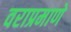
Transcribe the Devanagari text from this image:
वराप्रमाणे